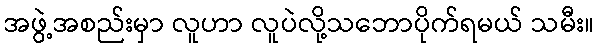
အဖွဲ့အစည်းမှာ လူဟာ လူပဲလို့သဘောပိုက်ရမယ် သမီး။